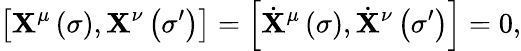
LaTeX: \left[\mathbf{X}^{\mu}\left(\sigma\right),\mathbf{X}^{\nu}\left(\sigma^{\prime}\right)\right]=\left[\dot{{\mathbf{X}}}^{\mu}\left(\sigma\right),\dot{{\mathbf{X}}}^{\nu}\left(\sigma^{\prime}\right)\right]=0,